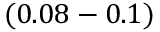
( 0 . 0 8 - 0 . 1 )